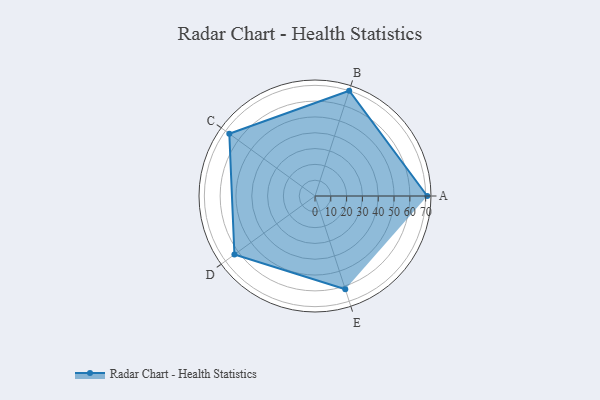
{"axis": {"x": "Skill", "y": "Score"}, "legend": ["Profile"], "data": [{"x": "A", "y": 71.0, "type": "Profile"}, {"x": "B", "y": 70.0, "type": "Profile"}, {"x": "C", "y": 67.0, "type": "Profile"}, {"x": "D", "y": 63.0, "type": "Profile"}, {"x": "E", "y": 62.0, "type": "Profile"}]}